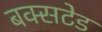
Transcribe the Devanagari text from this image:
बक्सटेड